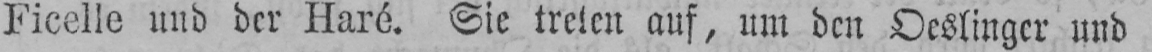
Ficelle und der Haré. Sie treten auf, um den Oeslinger und